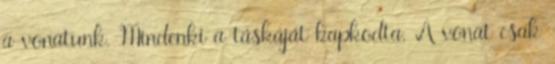
a vonatunk. Mindenki a táskáját kapkodta. A vonat csak